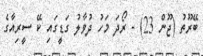
ބޭރޫތު (ޖޫން 23) - ރޯދަ މަހު ދުވާލު ގަޑީގައި ކޭ ސީރިއާގެ